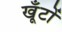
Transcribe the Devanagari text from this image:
खूँटों